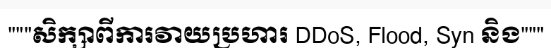
"""សិក្សាពីការវាយប្រហារ DDoS, Flood, Syn និង"""